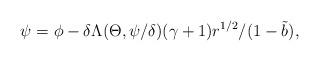
LaTeX: \begin{align*}\psi=\phi-{\delta}\Lambda(\Theta, \psi/\delta)(\gamma+1)r^{1/2}/{(1-\tilde{b})},\end{align*}